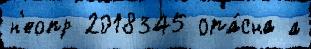
н'еопр 2018345 опа́сна а